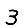
Digit: 3